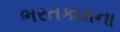
ભરતકામના